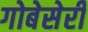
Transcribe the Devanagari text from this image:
गोबेसेरी